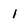
Character: l